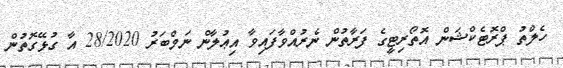
ހެލްތު ޕްރޮޓެކްޝަން އޮތޯރިޓީގެ ފަރާތުން ނެރުއްވާފައިވާ އިޢުލާން ނަމްބަރު 28/2020 އާ ގުޅޭގޮތުން